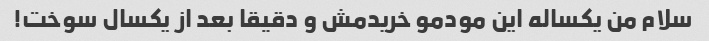
سلام من یکساله این مودمو خریدمش و دقیقا بعد از یکسال سوخت!